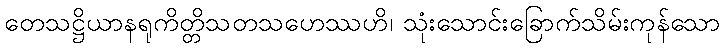
တေသဋ္ဌိယာနရုကိတ္တိသတသဟေဿဟိ၊ သုံးသောင်းခြောက်သိမ်းကုန်သော